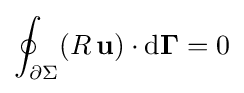
\oint _{\partial \Sigma }(R\,\mathbf {u} )\cdot \mathrm {d} \mathbf {\Gamma } =0